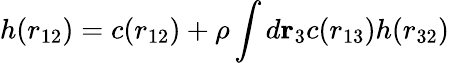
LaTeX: h(r_{12})=c(r_{12})+\rho\int d\mathbf{r}_{3}c(r_{13})h(r_{32})